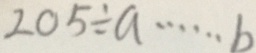
2 0 5 \div a \cdots b